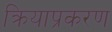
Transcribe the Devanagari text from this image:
क्रियाप्रकरण